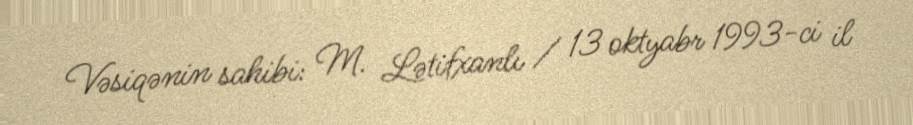
Vəsiqənin sahibi: M. Lətifxanlı / 13 oktyabr 1993-ci il